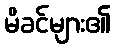
မိခင်များ၏